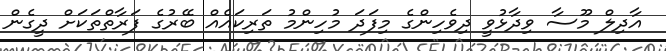
އާދިލް މޫސާ ވިދާޅުވީ ދިވެހިންގެ މިފަދަ މުހިންމު ތަރިކައެއް ބޭރުގެ ފަރާތްތަކަށް ދީގެން